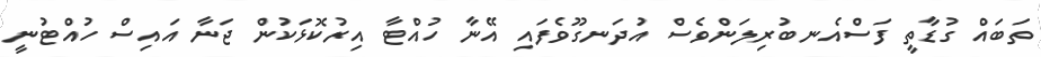
ތަބައް ގުޑާތީ ފަސްއެނބުރިލަންވެސް އުދަނގޫވެފައި އޭނާ ހުއްޓާ އިރުކޮޅަކުން ޖަނާ އައިސް ހުއްޓުނީ